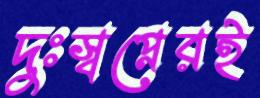
দুঃস্বপ্নেরই